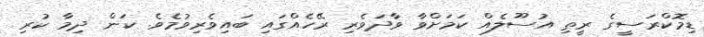
ޑިމޮކްރަސީގެ ރީތި އުސޫލެއް ކަމަށްވާ ވާދަވެރި ރޭހެއްގައި ބައިވެރިވުމެވެ. ކަން ދިމާ ކުރި